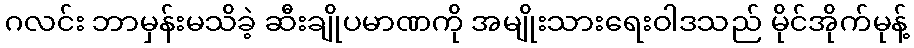
ဂလင်း ဘာမှန်းမသိခဲ့ ဆီးချိုပမာဏကို အမျိုးသားရေးဝါဒသည် မိုင်အိုက်မုန့်